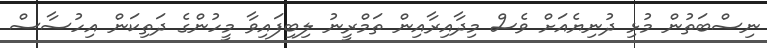
ނިސްބަތުން މުޅި ދުނިޔެއަށް ވެސް މިދާއިރާއިން ތަމްރީނު ލިބިފައިވާ މީހުންގެ ދަތިކަން އިހުސާސް